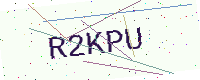
Text: R2KPU